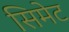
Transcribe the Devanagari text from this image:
सिमेट